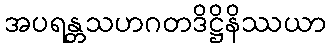
အပရန္တသဟဂတဒိဋ္ဌိနိဿယာ